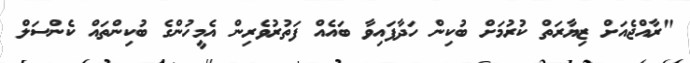
"ރާއްޖެއަށް ޒިޔާރަތް ކުރުމަށް ބުކިން ހަދާފައިވާ ބައެއް ފަތުރުވެރިން އެމީހުންގެ ބުކިންތައް ކެންސަލް